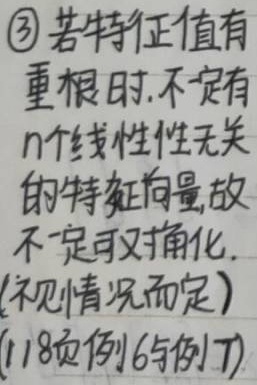
\textcircled{3} 若特征值有重根时, 不定有\(n\)个线性无关的特征向量, 故不定可对角化. (视情况而定) (118页例6与例7)